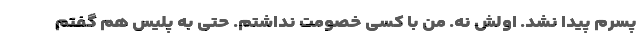
پسرم پیدا نشد. اولش نه. من با کسی خصومت نداشتم. حتی به پلیس هم گفتم